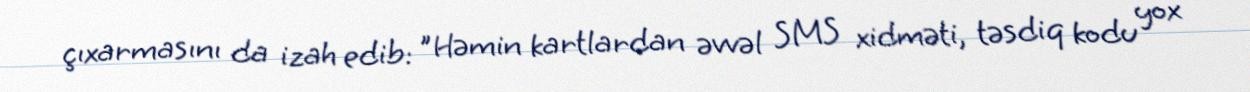
çıxarmasını da izah edib: "Həmin kartlardan əvvəl SMS xidməti, təsdiq kodu yox